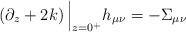
\begin{align*}\left( \partial_z+2k \right)\Big\vert_{z=0^+}h_{\mu\nu}=-\Sigma_{\mu\nu}\end{align*}